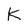
Character: K